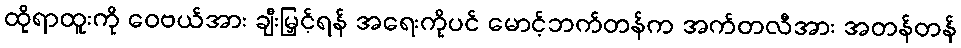
ထိုရာထူးကို ဝေဗယ်အား ချီးမြှင့်ရန် အရေးကိုပင် မောင့်ဘက်တန်က အက်တလီအား အတန်တန်